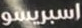
اسبريسو